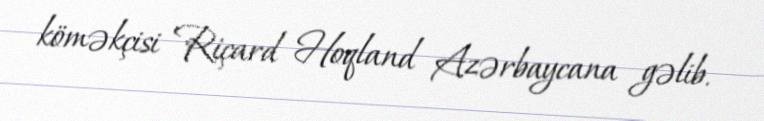
köməkçisi Riçard Hoqland Azərbaycana gəlib.